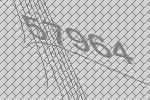
57964